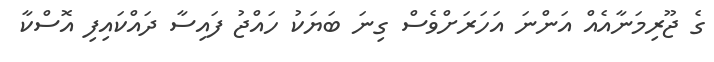
ގެ ޖޫރިމަނާއެއް އަންނަ އަހަރަށްވެސް ގިނަ ބަޔަކު ހައްޖު ފައިސާ ދައްކައިފި އޮސްކާ